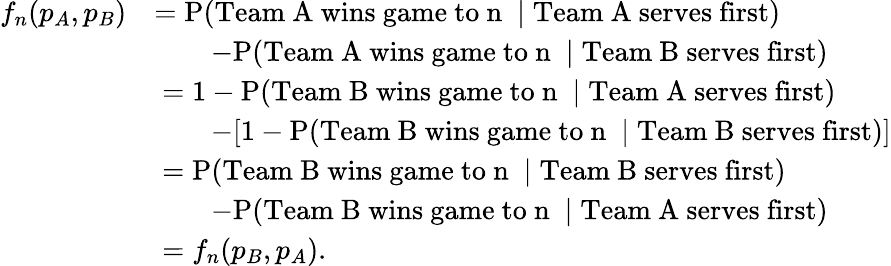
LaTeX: \begin{array}{rl}{f_{n}(p_{A},p_{B})}&{=\mathrm{P}(\mathrm{\textnormal{Team~A~wins~game~to}~n~}\mid\mathrm{\textnormal{Team~A~serves~first}})}\\ &{\qquad-\mathrm{P}(\mathrm{\textnormal{Team~A~wins~game~to}~n~}\mid\mathrm{\textnormal{Team~B~serves~first}})}\\ &{\; =1-\mathrm{P}(\mathrm{\textnormal{Team~B~wins~game~to}~n~}\mid\mathrm{\textnormal{Team~A~serves~first}})}\\ &{\qquad-[1-\mathrm{P}(\mathrm{\textnormal{Team~B~wins~game~to}~n~}\mid\mathrm{\textnormal{Team~B~serves~first}})]}\\ &{\; =\mathrm{P}(\mathrm{\textnormal{Team~B~wins~game~to}~n~}\mid\mathrm{\textnormal{Team~B~serves~first}})}\\ &{\qquad-\mathrm{P}(\mathrm{\textnormal{Team~B~wins~game~to}~n~}\mid\mathrm{\textnormal{Team~A~serves~first}})}\\ &{\; =f_{n}(p_{B},p_{A}).}\end{array}